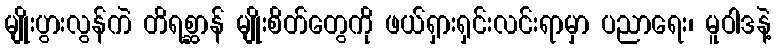
မျိုးပွားလွန်ကဲ တိရစ္ဆာန် မျိုးစိတ်တွေကို ဖယ်ရှားရှင်းလင်းရာမှာ ပညာရေး၊ မူဝါဒနဲ့